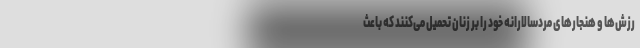
رزش‌ها و هنجارهای مردسالارانه خود را بر زنان تحمیل می‌کنند که باعث